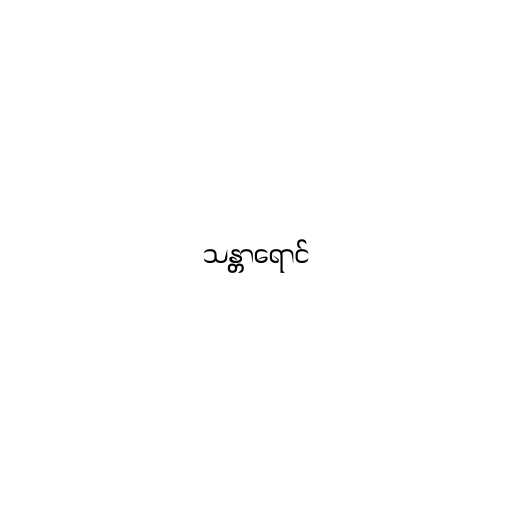
သန္တာရောင်